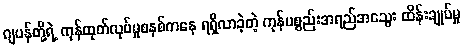
ဂျပန်တို့ရဲ့ ကုန်ထုတ်လုပ်မှုစနစ်ကနေ ရရှိလာခဲ့တဲ့ ကုန်ပစ္စည်းအရည်အသွေး ထိန်းချုပ်မှု